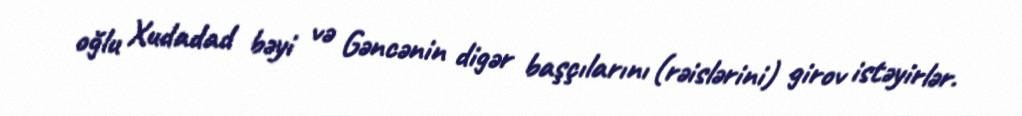
oğlu Xudadad bəyi və Gəncənin digər başçılarını (rəislərini) girov istəyirlər.